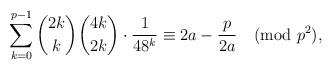
LaTeX: \begin{align*}\sum_{k=0}^{p-1}\binom{2k}{k}\binom{4k}{2k}\cdot\frac{1}{48^k}\equiv2a-\frac{p}{2a}\pmod{p^2},\end{align*}